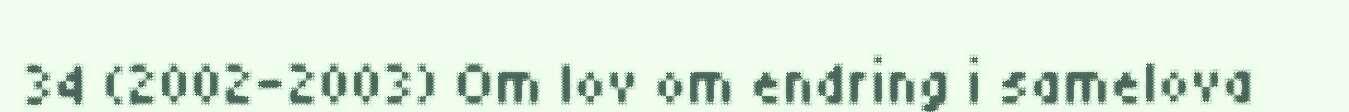
34 (2002-2003) Om lov om endring i samelova